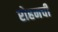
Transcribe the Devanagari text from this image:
रोहनची